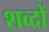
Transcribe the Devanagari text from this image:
शव्दों